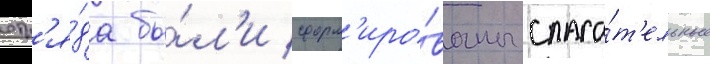
отр'я́да бы́л'и сформ'иро́ваны спаса́т'ельные